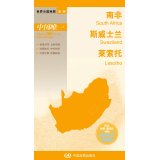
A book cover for World divided country map South Africa Swaziland and Lesotho (the only authority on the best-selling 30-year publishing Large Format tear in foreign control is not bad Large scale 1: 2.650.000 off the map)(Chinese Edition); ZHONG GUO DI TU CHU BAN SHE; Travel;